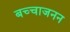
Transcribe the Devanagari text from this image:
बच्चाजनन